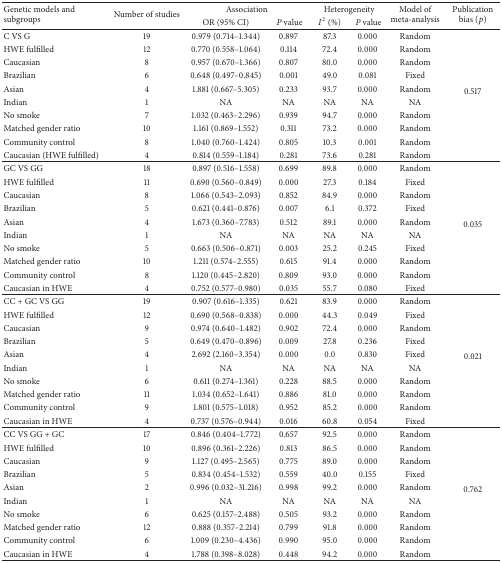
<table><thead><tr><td rowspan="2"><b>Genetic models and subgroups </b></td><td rowspan="2"><b>Number of studies</b></td><td colspan="2"><b>Association</b></td><td colspan="2"><b>Heterogeneity</b></td><td rowspan="2"><b>Model of meta-analysis</b></td><td rowspan="2"><b>Publication bias (<i>p</i>)</b></td></tr><tr><td><b>OR (95% CI)</b></td><td><b><i> P</i> value </b></td><td><b><i>I</i><sup>2</sup> (%)</b></td><td><b><i> P</i> value </b></td></tr></thead><tbody><tr><td>C VS G</td><td>19</td><td>0.979 (0.714–1.344)</td><td>0.897</td><td>87.3</td><td>0.000</td><td>Random</td><td rowspan="10">0.517</td></tr><tr><td>HWE fulfilled</td><td>12</td><td>0.770 (0.558–1.064)</td><td>0.114</td><td>72.4</td><td>0.000</td><td>Random</td></tr><tr><td>Caucasian</td><td>8</td><td>0.957 (0.670–1.366)</td><td> 0.807</td><td>80.0</td><td>0.000</td><td>Random</td></tr><tr><td>Brazilian</td><td>6</td><td>0.648 (0.497–0.845)</td><td>0.001</td><td>49.0</td><td>0.081</td><td>Fixed</td></tr><tr><td>Asian</td><td>4</td><td> 1.881 (0.667–5.305)</td><td>0.233</td><td>93.7</td><td>0.000</td><td>Random</td></tr><tr><td>Indian</td><td>1</td><td>NA</td><td>NA</td><td>NA</td><td>NA</td><td>NA</td></tr><tr><td>No smoke</td><td>7</td><td> 1.032 (0.463–2.296)</td><td>0.939</td><td>94.7</td><td>0.000</td><td>Random</td></tr><tr><td>Matched gender ratio</td><td>10</td><td> 1.161 (0.869–1.552)</td><td>0.311</td><td>73.2</td><td>0.000</td><td>Random</td></tr><tr><td>Community control</td><td>8</td><td> 1.040 (0.760–1.424)</td><td>0.805</td><td>10.3</td><td>0.001</td><td>Random</td></tr><tr><td>Caucasian (HWE fulfilled)</td><td>4</td><td>0.814 (0.559–1.184)</td><td>0.281</td><td>73.6</td><td>0.281</td><td>Random</td></tr><tr><td>GC VS GG</td><td>18</td><td> 0.897 (0.516–1.558)</td><td>0.699</td><td>89.8</td><td>0.000</td><td>Random</td><td rowspan="10">0.035</td></tr><tr><td>HWE fulfilled</td><td>11</td><td> 0.690 (0.560–0.849)</td><td>0.000</td><td>27.3</td><td>0.184</td><td>Fixed</td></tr><tr><td>Caucasian</td><td>8</td><td> 1.066 (0.543–2.093)</td><td> 0.852</td><td>84.9</td><td>0.000</td><td>Random</td></tr><tr><td>Brazilian</td><td>5</td><td>0.621 (0.441–0.876)</td><td> 0.007</td><td>6.1</td><td>0.372</td><td>Fixed</td></tr><tr><td>Asian</td><td>4</td><td> 1.673 (0.360–7.783)</td><td> 0.512</td><td>89.1</td><td>0.000</td><td>Random</td></tr><tr><td>Indian</td><td>1</td><td>NA</td><td>NA</td><td>NA</td><td>NA</td><td>NA</td></tr><tr><td>No smoke</td><td>5</td><td> 0.663 (0.506–0.871)</td><td>0.003</td><td>25.2</td><td>0.245</td><td>Fixed</td></tr><tr><td>Matched gender ratio</td><td>10</td><td>1.211 (0.574–2.555)</td><td>0.615</td><td>91.4</td><td>0.000</td><td>Random</td></tr><tr><td>Community control</td><td>8</td><td> 1.120 (0.445–2.820)</td><td>0.809</td><td>93.0</td><td>0.000</td><td>Random</td></tr><tr><td>Caucasian in HWE</td><td>4</td><td>0.752 (0.577–0.980)</td><td>0.035</td><td>55.7</td><td>0.080</td><td>Fixed</td></tr><tr><td>CC + GC VS GG</td><td>19</td><td> 0.907 (0.616–1.335)</td><td>0.621</td><td>83.9</td><td>0.000</td><td>Random</td><td rowspan="10">0.021</td></tr><tr><td>HWE fulfilled</td><td>12</td><td> 0.690 (0.568–0.838)</td><td>0.000</td><td> 44.3</td><td>0.049</td><td>Fixed</td></tr><tr><td>Caucasian</td><td>9</td><td>0.974 (0.640–1.482)</td><td>0.902</td><td>72.4</td><td>0.000</td><td>Random</td></tr><tr><td>Brazilian</td><td>5</td><td>0.649 (0.470–0.896)</td><td>0.009</td><td>27.8</td><td>0.236</td><td>Fixed</td></tr><tr><td>Asian</td><td>4</td><td>2.692 (2.160–3.354)</td><td>0.000</td><td>0.0</td><td>0.830</td><td>Fixed</td></tr><tr><td>Indian</td><td>1</td><td>NA</td><td>NA</td><td>NA</td><td>NA</td><td>NA</td></tr><tr><td>No smoke</td><td>6</td><td> 0.611 (0.274–1.361)</td><td>0.228</td><td>88.5</td><td>0.000</td><td>Random</td></tr><tr><td>Matched gender ratio</td><td>11</td><td> 1.034 (0.652–1.641)</td><td>0.886</td><td>81.0</td><td>0.000</td><td>Random</td></tr><tr><td>Community control</td><td>9</td><td>1.801 (0.575–1.018)</td><td>0.952</td><td>85.2</td><td>0.000</td><td>Random</td></tr><tr><td>Caucasian in HWE</td><td>4</td><td> 0.737 (0.576–0.944)</td><td>0.016</td><td> 60.8</td><td>0.054</td><td>Fixed</td></tr><tr><td>CC VS GG + GC</td><td>17</td><td>0.846 (0.404–1.772)</td><td>0.657</td><td>92.5</td><td>0.000</td><td>Random</td><td rowspan="10">0.762</td></tr><tr><td>HWE fulfilled</td><td>10</td><td>0.896 (0.361–2.226)</td><td>0.813</td><td>86.5</td><td> 0.000</td><td>Random</td></tr><tr><td>Caucasian</td><td>9</td><td>1.127 (0.495–2.565)</td><td>0.775</td><td>89.0</td><td>0.000</td><td>Random</td></tr><tr><td>Brazilian</td><td>5</td><td> 0.834 (0.454–1.532)</td><td>0.559</td><td>40.0</td><td>0.155</td><td>Fixed</td></tr><tr><td>Asian</td><td>2</td><td> 0.996 (0.032–31.216)</td><td>0.998</td><td>99.2</td><td>0.000</td><td>Random</td></tr><tr><td>Indian</td><td>1</td><td>NA</td><td>NA</td><td>NA</td><td>NA</td><td>NA</td></tr><tr><td>No smoke</td><td>6</td><td>0.625 (0.157–2.488)</td><td> 0.505</td><td>93.2</td><td>0.000</td><td>Random</td></tr><tr><td>Matched gender ratio</td><td>12</td><td>0.888 (0.357–2.214)</td><td>0.799</td><td>91.8</td><td>0.000</td><td>Random</td></tr><tr><td>Community control</td><td>6</td><td>1.009 (0.230–4.436)</td><td>0.990</td><td>95.0</td><td>0.000</td><td>Random</td></tr><tr><td>Caucasian in HWE</td><td>4</td><td>1.788 (0.398–8.028)</td><td>0.448</td><td> 94.2</td><td>0.000</td><td>Random</td></tr></tbody></table>